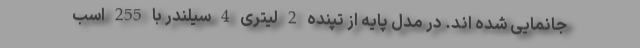
جانمایی شده اند. در مدل پایه از تپنده 2 لیتری 4 سیلندر با 255 اسب